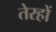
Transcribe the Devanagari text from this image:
तेरहों